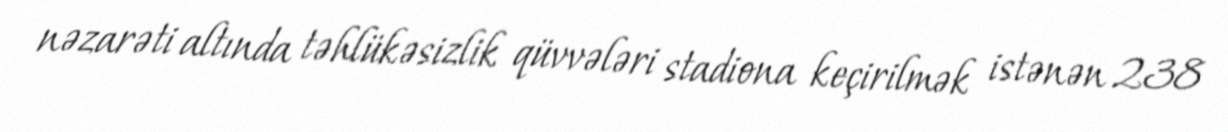
nəzarəti altında təhlükəsizlik qüvvələri stadiona keçirilmək istənən 238